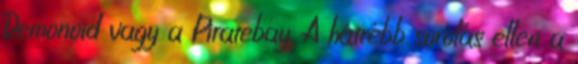
Demonoid vagy a Piratebay. A hátrébb sorolás ellen a